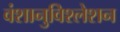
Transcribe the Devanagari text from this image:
वंशानुविश्लेशन